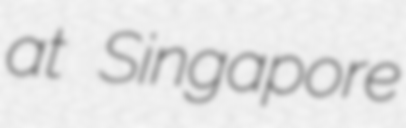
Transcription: at Singapore